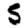
Digit: 5